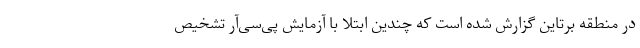
در منطقه برتاین گزارش شده است که چندین ابتلا با آزمایش پی‌سی‌آر تشخیص